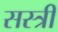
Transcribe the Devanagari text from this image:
सस्त्री